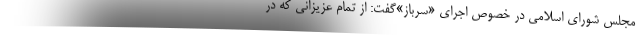
مجلس شورای اسلامی در خصوص اجرای «سرباز»گفت: از تمام عزیزانی که در